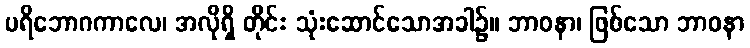
ပရိဘောဂကာလေ၊ အလိုရှိ တိုင်း သုံးဆောင်သောအခါ၌။ ဘာဝနာ၊ ဖြစ်သော ဘာဝနာ